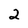
Character: 2